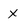
Character: x